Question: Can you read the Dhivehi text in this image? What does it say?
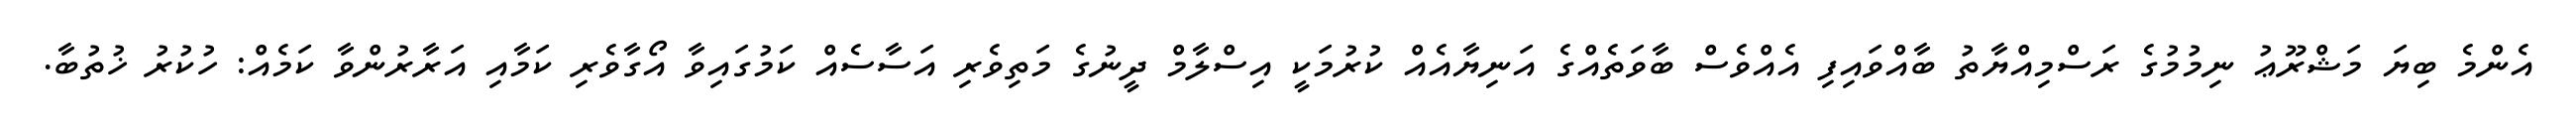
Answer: އެންމެ ބިޔަ މަޝްރޫޢު ނިމުމުގެ ރަސްމިއްޔާތު ބާއްވައިފި އެއްވެސް ބާވަތެއްގެ އަނިޔާއެއް ކުރުމަކީ އިސްލާމް ދީނުގެ މަތިވެރި އަސާސެއް ކަމުގައިވާ އޯގާވެރި ކަމާއި އަރާރުންވާ ކަމެއް: ހުކުރު ޚުތުބާ.